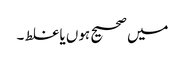
میں صحیح ہوں یا غلط ۔